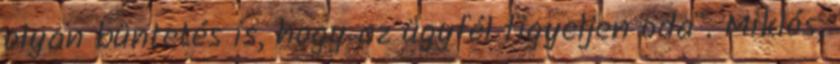
olyan büntetés is, hogy az ügyfél figyeljen oda". Miklós,